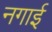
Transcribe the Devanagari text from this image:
नगाई